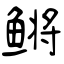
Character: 鳉